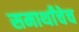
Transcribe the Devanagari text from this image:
समार्थांचेच